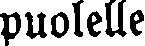
puolelle